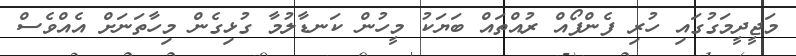
މަޖީދީމަގުގައި ހުރި ފެންފޯއް ރުއްތައް ބަޔަކު މީހުން ކަނޑާލުމާ ގުޅިގެން މިހާތަނަށް އެއްވެސް